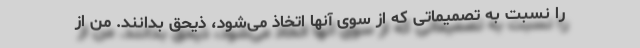
را نسبت به تصمیماتی که از سوی آنها اتخاذ می‌شود، ذیحق بدانند. من از